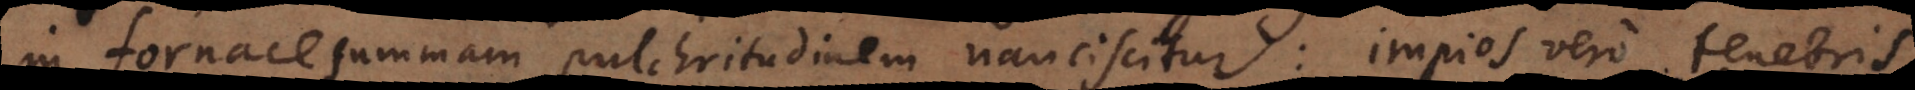
in fornace summam pulchritudinem nanciscitur: impios vero tenebri